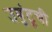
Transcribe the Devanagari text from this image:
उबुंटूची